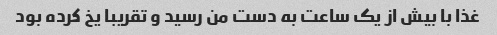
غذا با بیش از یک ساعت به دست من رسید و تقریبا یخ کرده بود